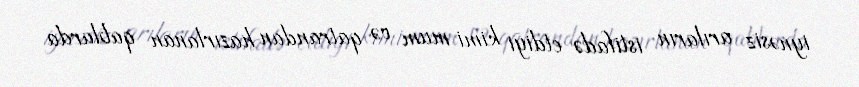
iynəsiz arıların istifadə etdiyi kimi mum və qatrandan hazırlanan qablarda